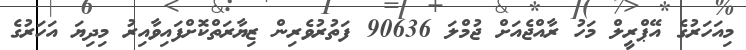
މިއަހަރުގެ އޭޕްރީލް މަހު ރާއްޖެއަށް ޖުމްލަ 90636 ފަތުރުވެރިން ޒިޔާރަތްކޮށްފައިވާއިރު މިދިޔަ އަހަރުގެ